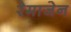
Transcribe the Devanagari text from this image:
रेमाजेन